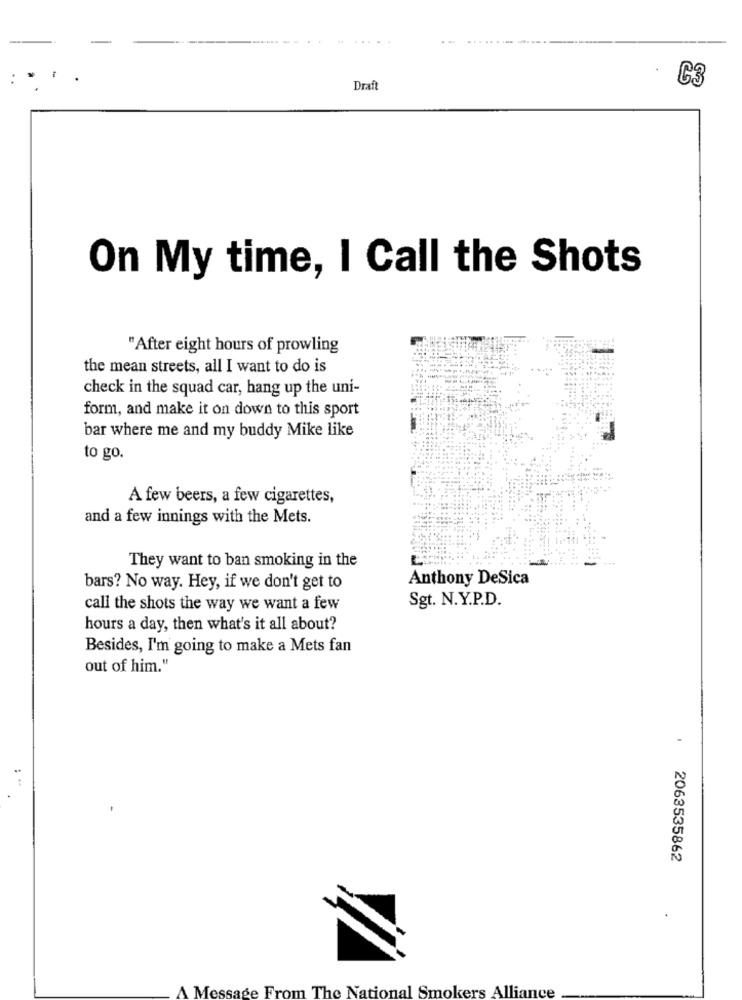
--
--------
C3
Draft
On My time, I Call the Shots
"After eight hours of prowling
the mean streets, all I want to do is
check in the squad car, hang up the uni-
form, and make it on down to this sport
bar where me and my buddy Mike like
to go.
A few beers, a few cigarettes,
and a few innings with the Mets.
They want to ban smoking in the
Anthony DeSica
bars? No way. Hey, if we don't get to
Sgt. N.Y.P.D.
call the shots the way we want a few
hours a day, then what's it all about?
Besides, I'm going to make a Mets fan
out of him."
.
2063535862
A Message From The National Smokers Alliance